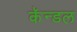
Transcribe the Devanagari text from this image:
कॅन्डल